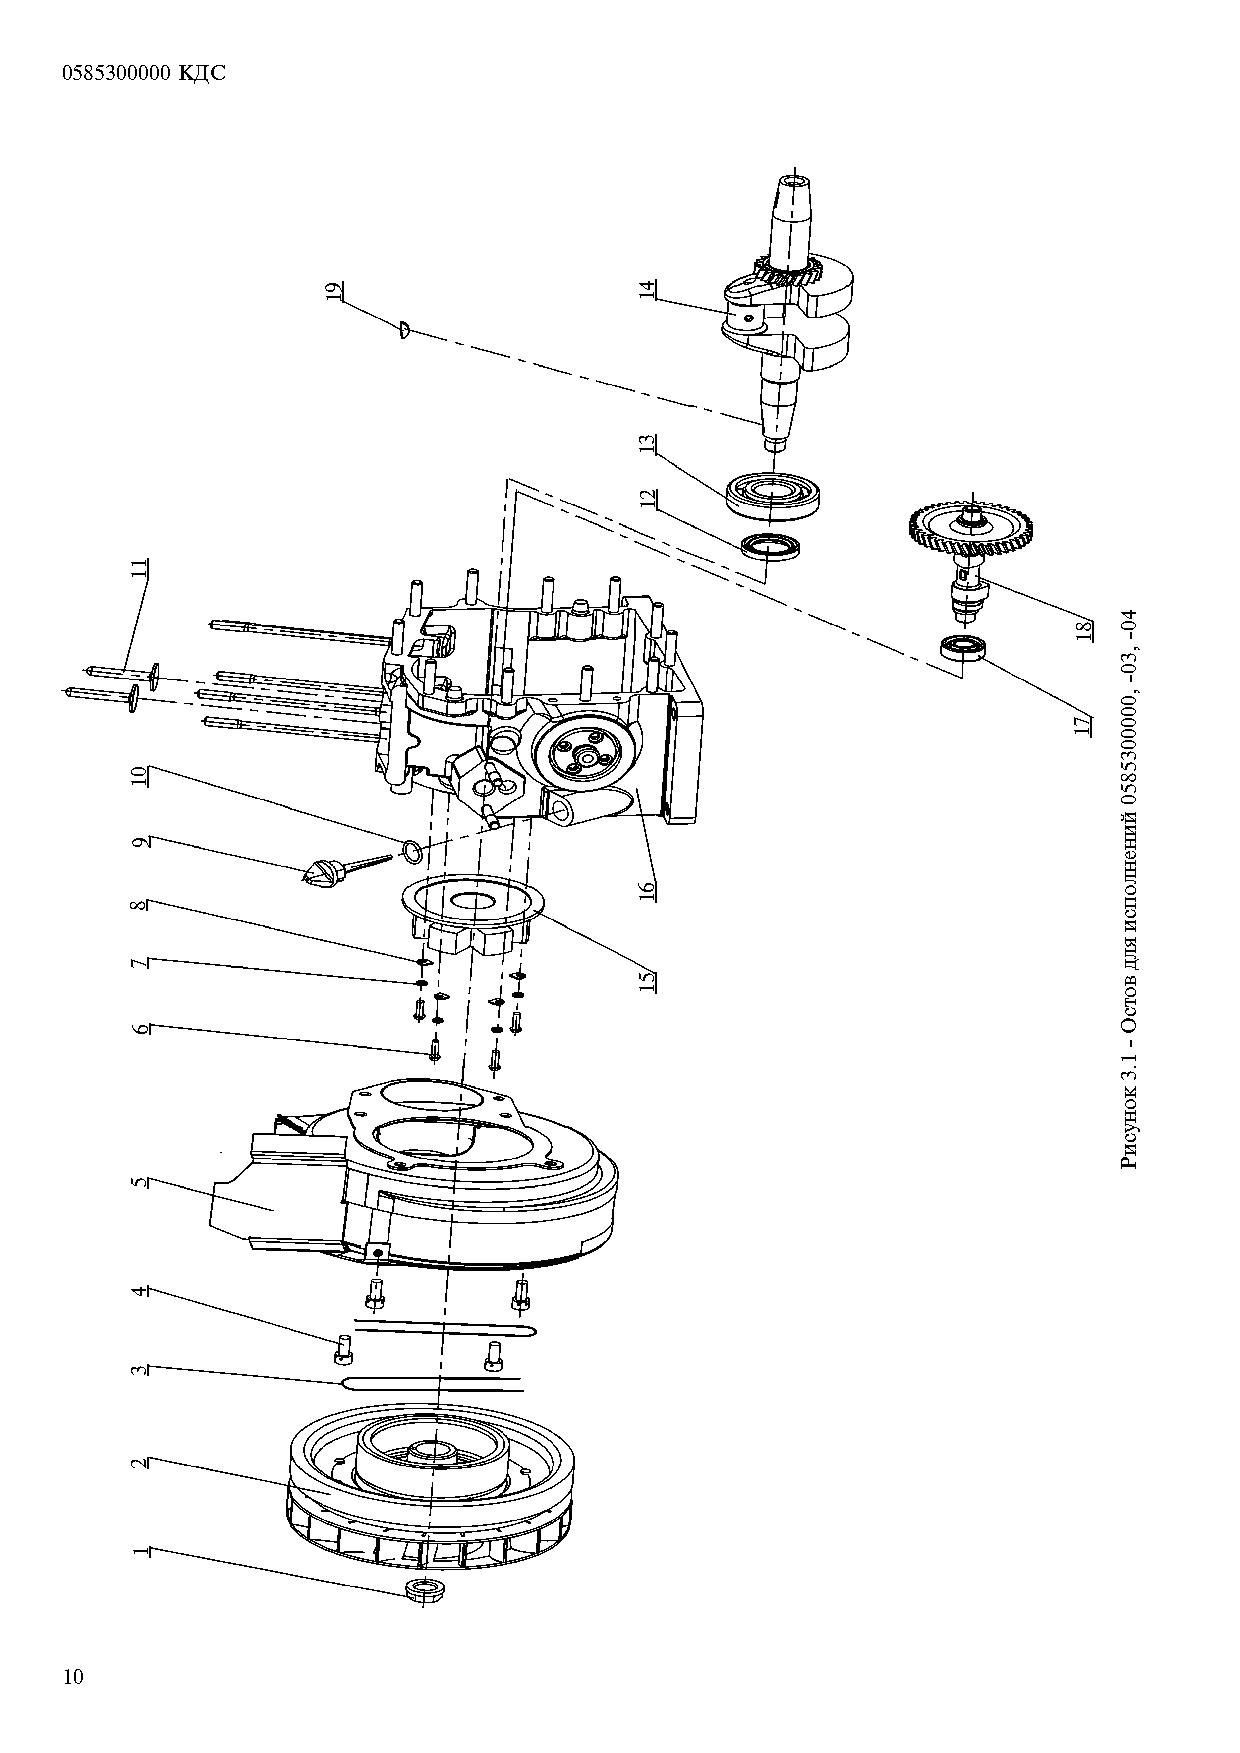
0585300000 ÊÄÑ
 10
 11
 01
 9
 8
 7
 6
 5
 4
 3
 2
 1
 91                  41
 31
 21
 61
 51
 81
 71
 40-
 ,30-
 ,0000035850
 éèíåíëîïñè
 ÿëä
 âîòñÎ
 -
 1.3
 êîíóñèÐ